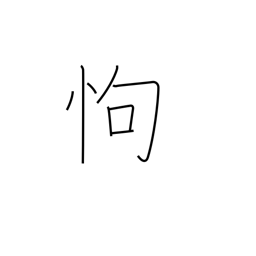
Meaning: fear